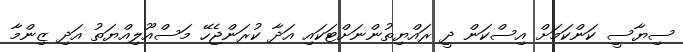
ސިޔާސީ ކަންކަމަށް އިސްކަން ދީ ރައްޔިތުންނަށްޓަކައި އަދާ ކުރަންޖެހޭ މަސްއޫލިއްޔަތު އަދި ޒިންމާ